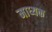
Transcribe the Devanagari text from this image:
माध्यक